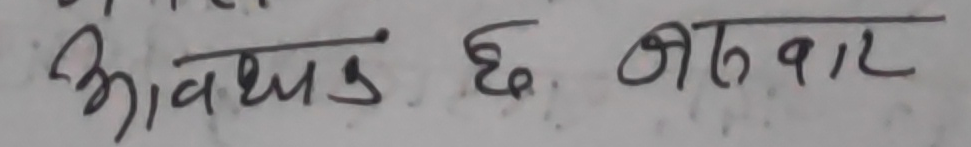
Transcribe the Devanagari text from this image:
आवश्यक छ. ०१५१२